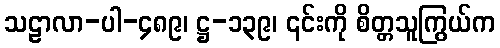
သဠာလာ-ပါ-၄၈၉၊ ဋ္ဌ-၁၃၉၊ ၎င်းကို စိတ္တသူကြွယ်က